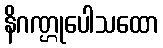
နိဂဏ္ဌုပေါသထော